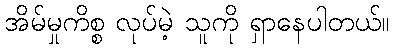
အိမ်မှုကိစ္စ လုပ်မဲ့ သူကို ရှာနေပါတယ်။